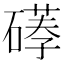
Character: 𥕪